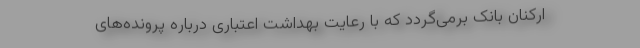
ارکنان بانک برمی‌گردد که با رعایت بهداشت اعتباری درباره پرونده‌های